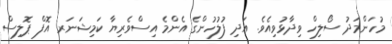
މުހަންމަދު ސޯލިހް ވިދާޅުވިއެވެ. އަދި ފުލުހުންގެ އެންމެ އިސްވެރިޔާ ކަމިޝަނަރ އޮފް ޕޮލިސް